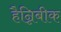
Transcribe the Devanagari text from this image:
हैन्निबीक